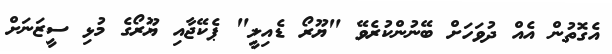
އެގޮތުން އެއް ދުވަހަށް ބޭނުންކުރެވޭ "ޔޫރޯ ޑެއިލީ" ޕެކޭޖާއި ޔޫރޯގެ މުޅި ސީޒަނަށް